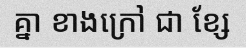
គ្នា ខាងក្រៅ ជា ខ្សែ